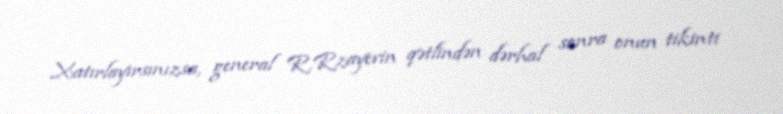
Xatırlayırsınızsa, general R.Rzayevin qətlindən dərhal sonra onun tikinti